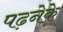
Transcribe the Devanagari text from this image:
पढ़नेके